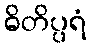
ဓိတိပ္ပရံ